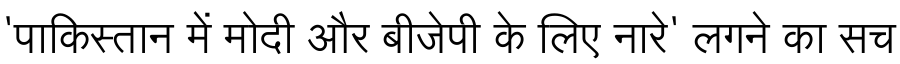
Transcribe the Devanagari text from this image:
'पाकिस्तान में मोदी और बीजेपी के लिए नारे' लगने का सच